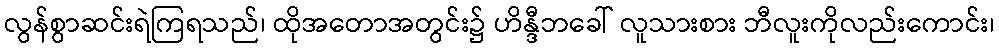
လွန်စွာဆင်းရဲကြရသည်၊ ထိုအတောအတွင်း၌ ဟိန္ဒီဘခေါ် လူသားစား ဘီလူးကိုလည်းကောင်း၊